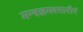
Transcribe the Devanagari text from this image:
मन्त्रज्ञमवसानीनं